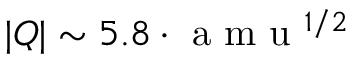
| Q | \sim 5 . 8 \AA \cdot \mathrm { ~ a ~ m ~ u ~ } ^ { 1 / 2 }